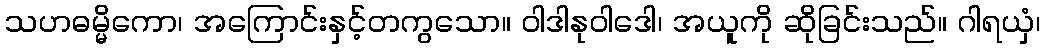
သဟဓမ္မိကော၊ အကြောင်းနှင့်တကွသော။ ဝါဒါနုဝါဒေါ၊ အယူကို ဆိုခြင်းသည်။ ဂါရယှံ၊